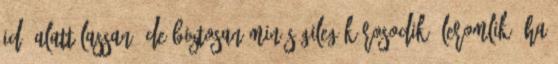
idő alatt lassan, de biztosan minőségileg károsodik, leromlik. Ha